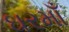
ઘરમાઁ